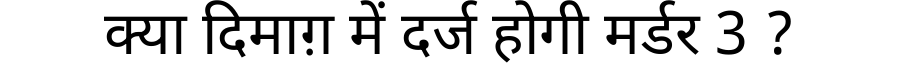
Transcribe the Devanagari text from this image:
क्या दिमाग़ में दर्ज होगी मर्डर 3 ?